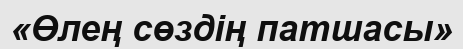
«Өлең сөздің патшасы»